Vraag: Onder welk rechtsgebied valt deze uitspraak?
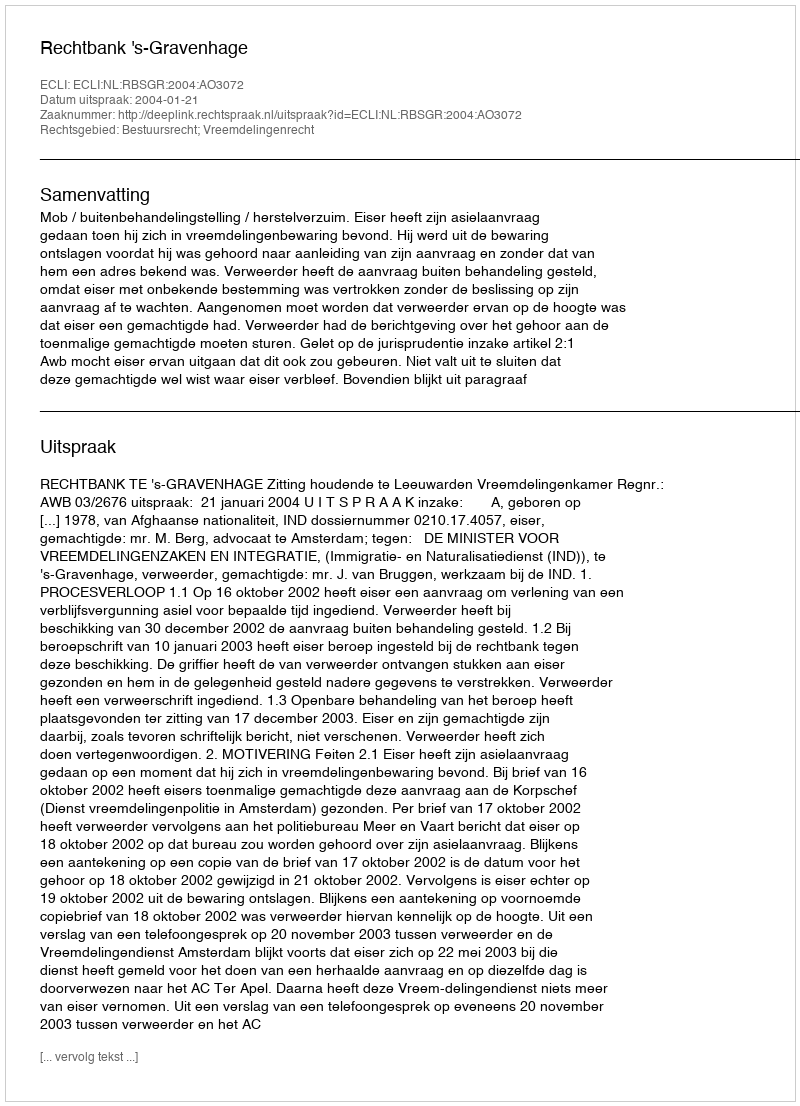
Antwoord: Bestuursrecht; Vreemdelingenrecht